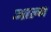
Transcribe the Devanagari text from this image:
आल्ब